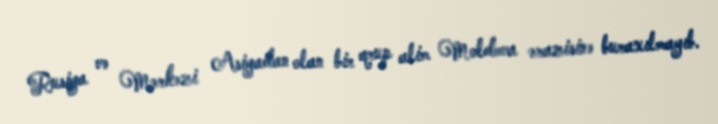
Rusiya və Mərkəzi Asiyadan olan bir qrup alim Moldova ərazisinə buraxılmayıb.